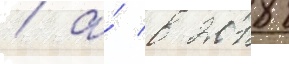
/ а́ в 2018